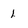
Character: 1